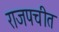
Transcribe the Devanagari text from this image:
राजपचीत